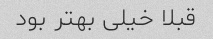
قبلا خیلی بهتر بود